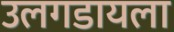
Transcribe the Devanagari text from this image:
उलगडायला